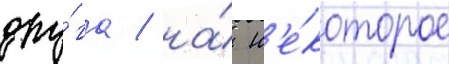
дру́га / на́ н'е́которое